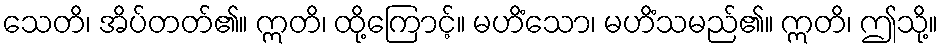
သေတိ၊ အိပ်တတ်၏။ ဣတိ၊ ထို့ကြောင့်။ မဟိံသော၊ မဟိံသမည်၏။ ဣတိ၊ ဤသို့။